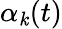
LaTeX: \alpha_{\mathit{k}}(t)